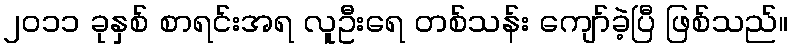
၂၀၁၁ ခုနှစ် စာရင်းအရ လူဦးရေ တစ်သန်း ကျော်ခဲ့ပြီ ဖြစ်သည်။